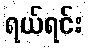
ရယ်ရင်း